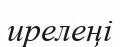
ирелеңі